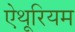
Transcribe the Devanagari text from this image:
ऐथूरियम